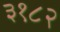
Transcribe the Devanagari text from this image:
३१८२